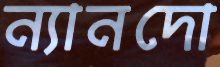
ন্যানদো